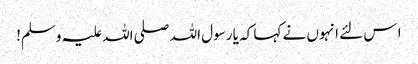
ا س لئے انہوں نے کہا کہ یا رسول اللہ صلی اللہ علیہ وسلم!